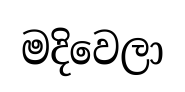
මදිවෙලා